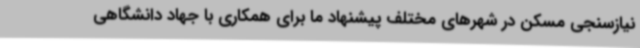
نیازسنجی مسکن در شهرهای مختلف پیشنهاد ما برای همکاری با جهاد دانشگاهی